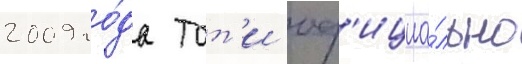
2009 го́да тот'и оф'ициа́льно